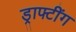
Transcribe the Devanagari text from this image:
ड्राफ्टींग